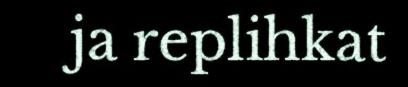
ja replihkat